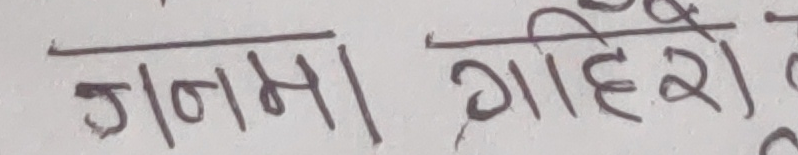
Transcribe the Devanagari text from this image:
जनमा गहिरो